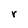
Character: r